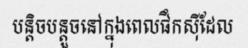
បន្តិចបន្តួចនៅក្នុងពេលផឹកស៊ីដែល